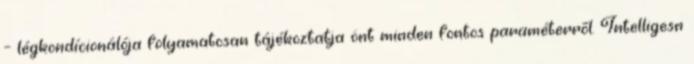
– légkondícionálója folyamatosan tájékoztatja önt minden fontos paraméterről. Intelligesn